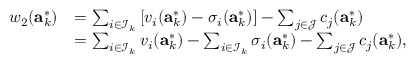
\begin{array} { r l } { w _ { 2 } ( \mathbf { a } _ { k } ^ { * } ) } & { = \sum _ { i \in \mathcal { I } _ { k } } \left[ v _ { i } ( \mathbf { a } _ { k } ^ { * } ) - \sigma _ { i } ( \mathbf { a } _ { k } ^ { * } ) \right] - \sum _ { j \in \mathcal { J } } c _ { j } ( \mathbf { a } _ { k } ^ { * } ) } \\ & { = \sum _ { i \in \mathcal { I } _ { k } } v _ { i } ( \mathbf { a } _ { k } ^ { * } ) - \sum _ { i \in \mathcal { I } _ { k } } \sigma _ { i } ( \mathbf { a } _ { k } ^ { * } ) - \sum _ { j \in \mathcal { J } } c _ { j } ( \mathbf { a } _ { k } ^ { * } ) , } \end{array}